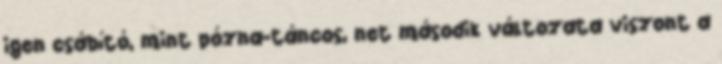
igen csábító, mint pózna-táncos, net második változata viszont a